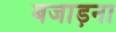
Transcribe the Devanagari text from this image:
बजाड़ना